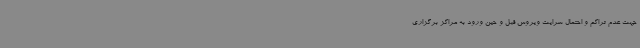
جهت عدم تراکم و احتمال سرایت ویروس قبل و حین ورود به مراکز برگزاری